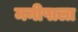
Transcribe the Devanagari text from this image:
मनीषाला